Code of medical and sanitary regulations for the guidance of medical officers serving in the Madras Presidency - Volume I
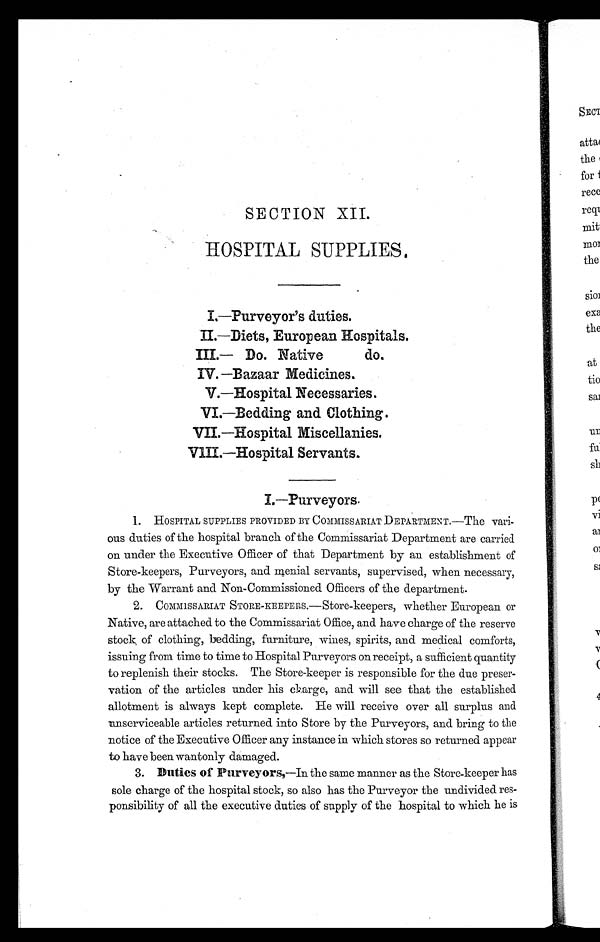
SECTION XII.
HOSPITAL SUPPLIES.
I.—Purveyor's duties.
II.—Diets, European Hospitals.
III.— Do.Native do.
IV. —Bazaar Medicines.
V.—Hospital Necessaries.
VI.—Bedding and Clothing.
VII.—Hospital Miscellanies.
V1II.—Hospital Servants.
I.—Purveyors.
1.
HOSPITAL SUPPLIES PROVIDED BY COMMISSARIAT DEPARTMENT.—The vari-
ous duties of the hospital branch of the Commissariat Department are carried
on under the Executive Officer of that Department by an establishment of
Store-keepers, Purveyors, and menial servants, supervised, when necessary,
by the Warrant and Non-Commissioned Officers of the department.
2.
COMMISSARIAT STORE-KEEPERS.—Store-keepers, whether European or
Native, are attached to the Commissariat Office, and have charge of the reserve
stock, of clothing, bedding, furniture, wines, spirits, and medical comforts,
issuing from time to time to Hospital Purveyors on receipt, a sufficient quantity
to replenish their stocks. The Store-keeper is responsible for the due preser-
vation of the articles under his charge and will see that the established
allotment is always kept complete. He will receive over all surplus and
unserviceable articles returned into Store by the Purveyors, and bring to the
notice of the Executive Officer any instance in which stores so returned appear
to have been wantonly damaged.
3.
Duties of Purveyors,—In the same manner as the Store-keeper has
sole charge of the hospital stock, so also has the Purveyor the undivided res-
ponsibility of all the executive duties of supply of the hospital to which he is